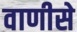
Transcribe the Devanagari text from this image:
वाणीसे